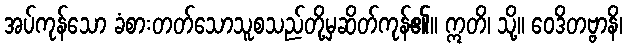
အပ်ကုန်သော ခံစားတတ်သောသူစသည်တို့မှဆိတ်ကုန်၏။ ဣတိ၊ သို့။ ဝေဒိတဗ္ဗာနိ၊